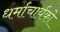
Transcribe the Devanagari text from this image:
धर्माचार्यको